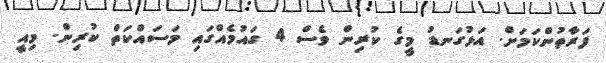
ފަރާތުންކަމަށް. އަޅުގަނޑު މީގެ ކުރިން ވެސް 4 ގައުމެއްގައި މަސައްކަތް ކުރިން. މިއީ